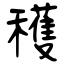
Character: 穫